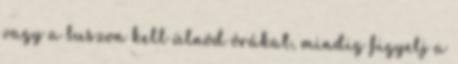
vagy a buszon kell ülnöd órákat, mindig figyelj a